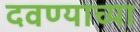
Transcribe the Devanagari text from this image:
दवण्याच्या